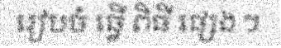
រៀបចំ ធ្វើ ពិធី ផ្សេង ៗ